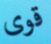
قوى